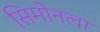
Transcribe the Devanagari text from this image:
सिमोनला